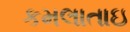
કમલાતાઇ